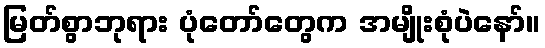
မြတ်စွာဘုရား ပုံတော်တွေက အမျိုးစုံပဲနော်။